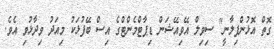
ގޮތް އޮޅުންފިލާނީ" ސިވިލް އޭވިއޭޝަން ޑިޕާޓްމެންޓްގެ އިސް ބޭފުޅަކު މިއަދު ވިދާޅުވި އެވެ.